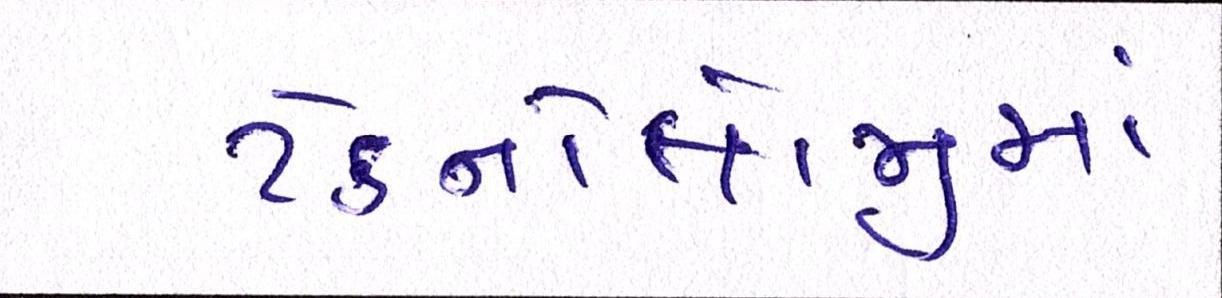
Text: ટેક્નોલોજીમાં